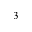
^ 3